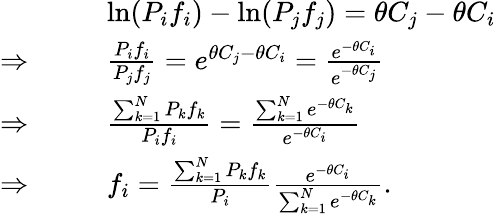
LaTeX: \begin{array}{rl}&{\mathrm{ln}(P_{i}f_{i})-\mathrm{ln}(P_{j}f_{j})=\theta C_{j}-\theta C_{i}}\\ {\Rightarrow\ \ \ \ \ \ }&{\frac{P_{i}f_{i}}{P_{j}f_{j}}=e^{\theta C_{j}-\theta C_{i}}=\frac{e^{-\theta C_{i}}}{e^{-\theta C_{j}}}}\\ {\Rightarrow\ \ \ \ \ \ }&{\frac{\sum_{k=1}^{N}P_{k}f_{k}}{P_{i}f_{i}}=\frac{\sum_{k=1}^{N}e^{-\theta C_{k}}}{e^{-\theta C_{i}}}}\\ {\Rightarrow\ \ \ \ \ \ }&{f_{i}=\frac{\sum_{k=1}^{N}P_{k}f_{k}}{P_{i}}\frac{e^{-\theta C_{i}}}{\sum_{k=1}^{N}e^{-\theta C_{k}}}.}\end{array}